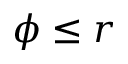
\phi \leq r